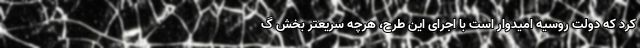
کرد که دولت روسیه امیدوار است با اجرای این طرح، هرچه سریعتر بخش گ